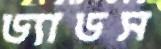
ড্যাডস